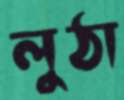
লুঠা